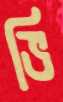
ভি